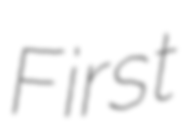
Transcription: First